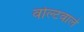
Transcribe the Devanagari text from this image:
वोल्टवाले